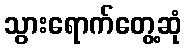
သွားရောက်တွေ့ဆုံ